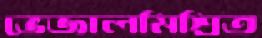
ভেজালমিশ্রিত